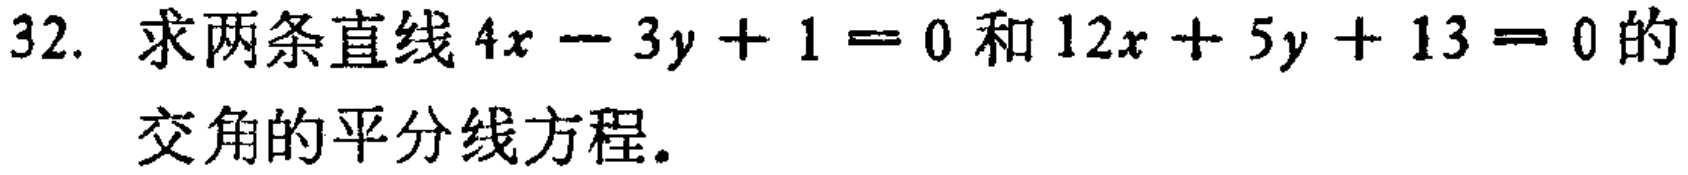
32. 求两条直线\(4x - 3y + 1 = 0\)和\(12x + 5y + 13 = 0\)的交角的平分线方程。